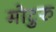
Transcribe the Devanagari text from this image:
मोटुरु